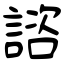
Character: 諮